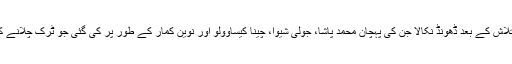
[1] پولیس نے ملزموں کو تلاش کے بعد ڈھونڈ نکالا جن کی پہچان محمد پاشا، جولی شیوا، چینا کیساوولو اور نوین کمار کے طور پر کی گئی جو ٹرک چلانے کے پیشے سے جڑے تھے۔